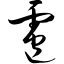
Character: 雹